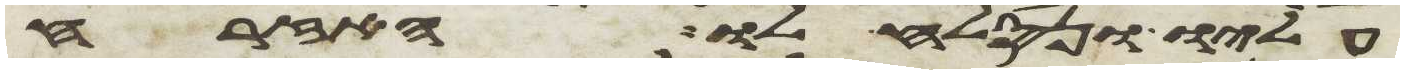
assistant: עליו ונסלח לו האזרח